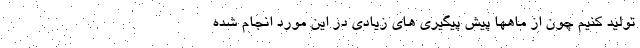
تولید کنیم چون از ماهها پیش پیگیری های زیادی در این مورد انجام شده